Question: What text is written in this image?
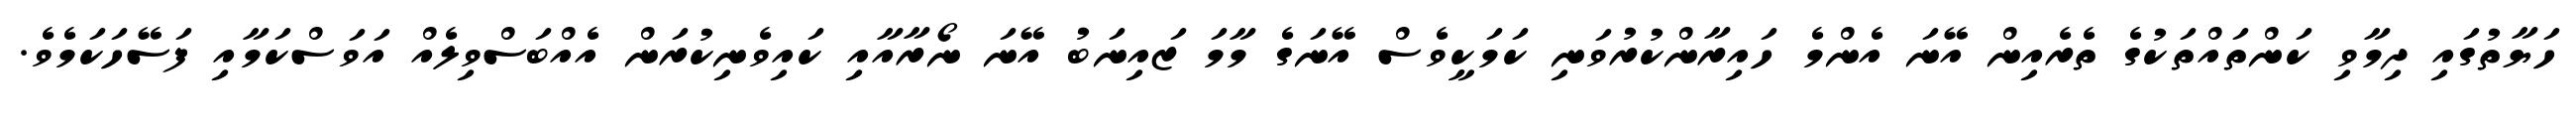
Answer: ހަޔާތުގައި ދިމާވި ކަންތައްތަކުގެ ތެރެއިން އޭނަ އެންމެ ހައިރާންކުރުވަނި ކަމަކީވެސް އޭނަގެ މާމަ ޒައިނަބު އޭނަ ނޯރާއާއި ކައިވެނިކުރަން އެއްބަސްވިލެއް އަވަސްކަމާއި ފަސޭހަކަމެވެ.